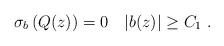
LaTeX: \begin{align*} \sigma_b\left( Q(z)\right)=0 \quad|b(z)|\geq C_1\ .\end{align*}